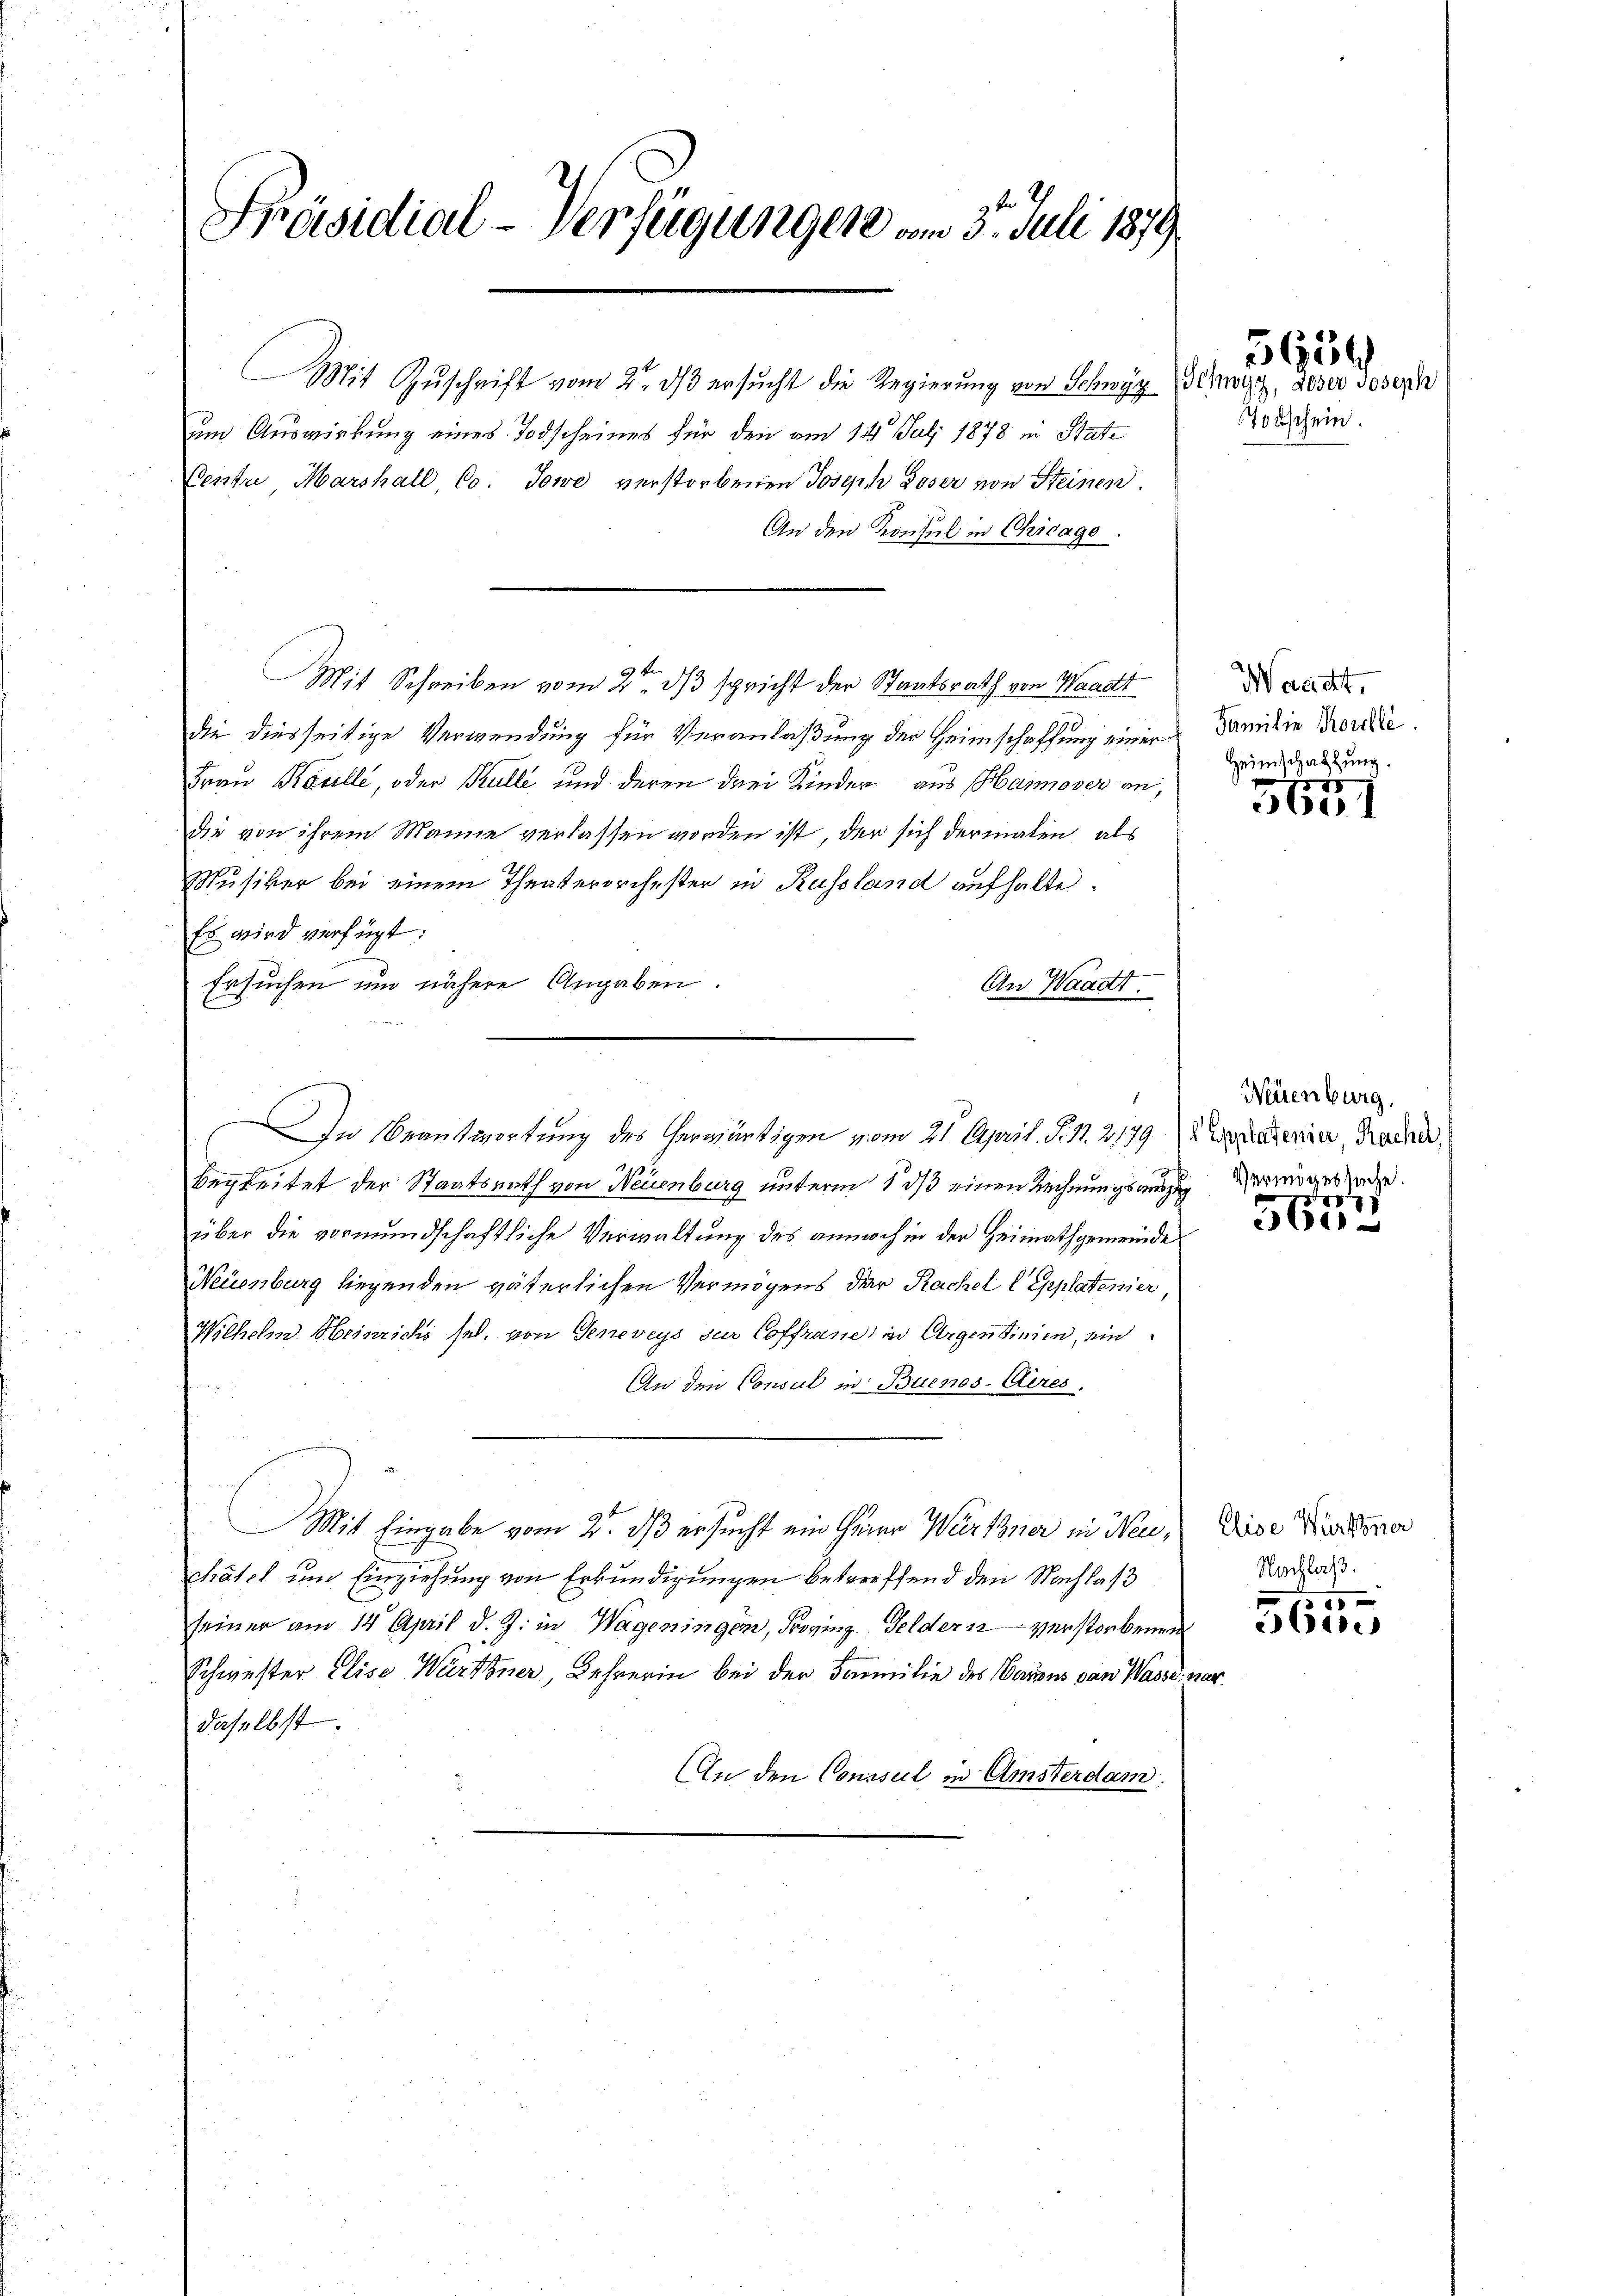
Präsidial-Verfügungen vom 3. Juli 1879

Mit Zŭschrift vom 2. dβ ersŭcht die Regierŭng von Schwyz, Schweiz, aber Joseph
um Auswirkung eines Todscheines für den am 12. Juli 1878 in State
Centre Marshall, Co. Jowe verstorbenen Joseph Loser von Steinen.
An den Konsul in Chicago
Mit Schreiben vom 2ten ds spricht der Staatsrath von Waadt
die diesseitige Verwendung für Veranlaßung der Heimschaffung einer Familie Forde
Frau Karille, oder Kulle und deren drei Kinder aus Harmoser an,
die von ihrem Manne verlassen worden ist, der sich dermalen, als
Musiker bei einem Theaterirchester in Russland aufhalte.
Es wird verfügt:
Ersuchen und nähere Angaben.
An Waadt.
s Hi
begleitet der Staatsrath von Neuenburg unterm 1. ds einen Rechnungsauszug vermigerede.
über die vormundschaftliche Verwaltung des annoch in der Heimathgemeinde
Neuenburg liegenden väterlichen Vermögens der Rachel l Geplaterier
Wilhelm Heinrichs sel. von Geneveys zur Coffrane) in Argentinien, ein
An den Consul in Buenos-Aeres,
Mit Eingabe vom 2. ds ersucht ein Herr Würthner in Neuchatel um Einziehung von Erkundigungen betreffend den Nachlaß
seiner am 14. April d. J. in Wageningen, Provinz Felder 12 verstorbenen
Schwester Elise Wärtner, Lehrerin bei der Familie des Canons von Wasse v
daselbst.
An den Consul in Amsterdam

In Beantwortung des herwärtigen vom 21. April. S. 11. 2179 (Verglaterin, Rache,

Todschein.

5650

Waacht,
Heimschaftung.

5651

Neuenburg,

r
56

Elise Württener
Nachlaß
7
 15 x

bere